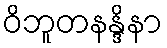
ဝိဘူတနန္ဒိနာ